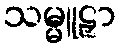
သမ္မူဠှာ